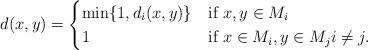
LaTeX: \begin{align*} d(x,y)= \begin{cases} \min\{1,d_{i}(x,y)\} & \mbox{if } x,y\in M_{i} \\ 1 & \mbox{if } x\in M_{i}, y\in M_{j} i\neq j. \end{cases} \end{align*}